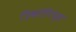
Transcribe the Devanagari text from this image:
त्रिकोपिय्स